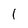
Character: l